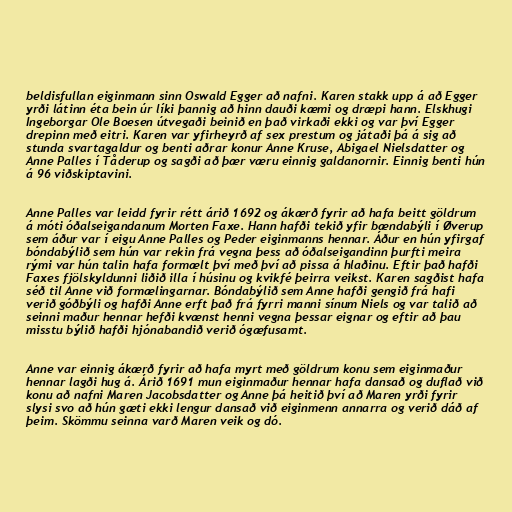
beldisfullan eiginmann sinn Oswald Egger að nafni. Karen stakk upp á að Egger
yrði látinn éta bein úr líki þannig að hinn dauði kæmi og dræpi hann. Elskhugi
Ingeborgar Ole Boesen útvegaði beinið en það virkaði ekki og var því Egger
drepinn með eitri. Karen var yfirheyrð af sex prestum og játaði þá á sig að
stunda svartagaldur og benti aðrar konur Anne Kruse, Abigael Nielsdatter og
Anne Palles í Tåderup og sagði að þær væru einnig galdanornir. Einnig benti hún
á 96 viðskiptavini.

Anne Palles var leidd fyrir rétt árið 1692 og ákærð fyrir að hafa beitt göldrum
á móti óðalseigandanum Morten Faxe. Hann hafði tekið yfir bændabýli í Øverup
sem áður var í eigu Anne Palles og Peder eiginmanns hennar. Áður en hún yfirgaf
bóndabýlið sem hún var rekin frá vegna þess að óðalseigandinn þurfti meira
rými var hún talin hafa formælt því með því að pissa á hlaðinu. Eftir það hafði
Faxes fjölskyldunni liðið illa í húsinu og kvikfé þeirra veikst. Karen sagðist hafa
séð til Anne við formælingarnar. Bóndabýlið sem Anne hafði gengið frá hafi
verið góðbýli og hafði Anne erft það frá fyrri manni sínum Niels og var talið að
seinni maður hennar hefði kvænst henni vegna þessar eignar og eftir að þau
misstu býlið hafði hjónabandið verið ógæfusamt.

Anne var einnig ákærð fyrir að hafa myrt með göldrum konu sem eiginmaður
hennar lagði hug á. Árið 1691 mun eiginmaður hennar hafa dansað og duflað við
konu að nafni Maren Jacobsdatter og Anne þá heitið því að Maren yrði fyrir
slysi svo að hún gæti ekki lengur dansað við eiginmenn annarra og verið dáð af
þeim. Skömmu seinna varð Maren veik og dó.